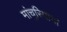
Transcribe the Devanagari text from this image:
मांचुरियाचा